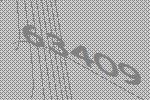
63409